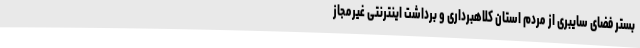
بستر فضای سایبری از مردم استان کلاهبرداری و برداشت اینترنتی غیرمجاز